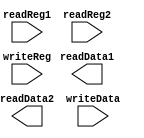


module registers(readReg1, readReg2, writeReg, readData1, readData2, writeData);
	input [4:0] readReg1, readReg2, writeReg;
	input [31:0] writeData;
	output [31:0] readData1, readData2;

		




endmodule